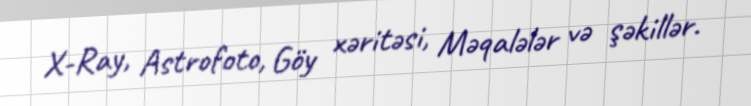
X-Ray, Astrofoto, Göy xəritəsi, Məqalələr və şəkillər.